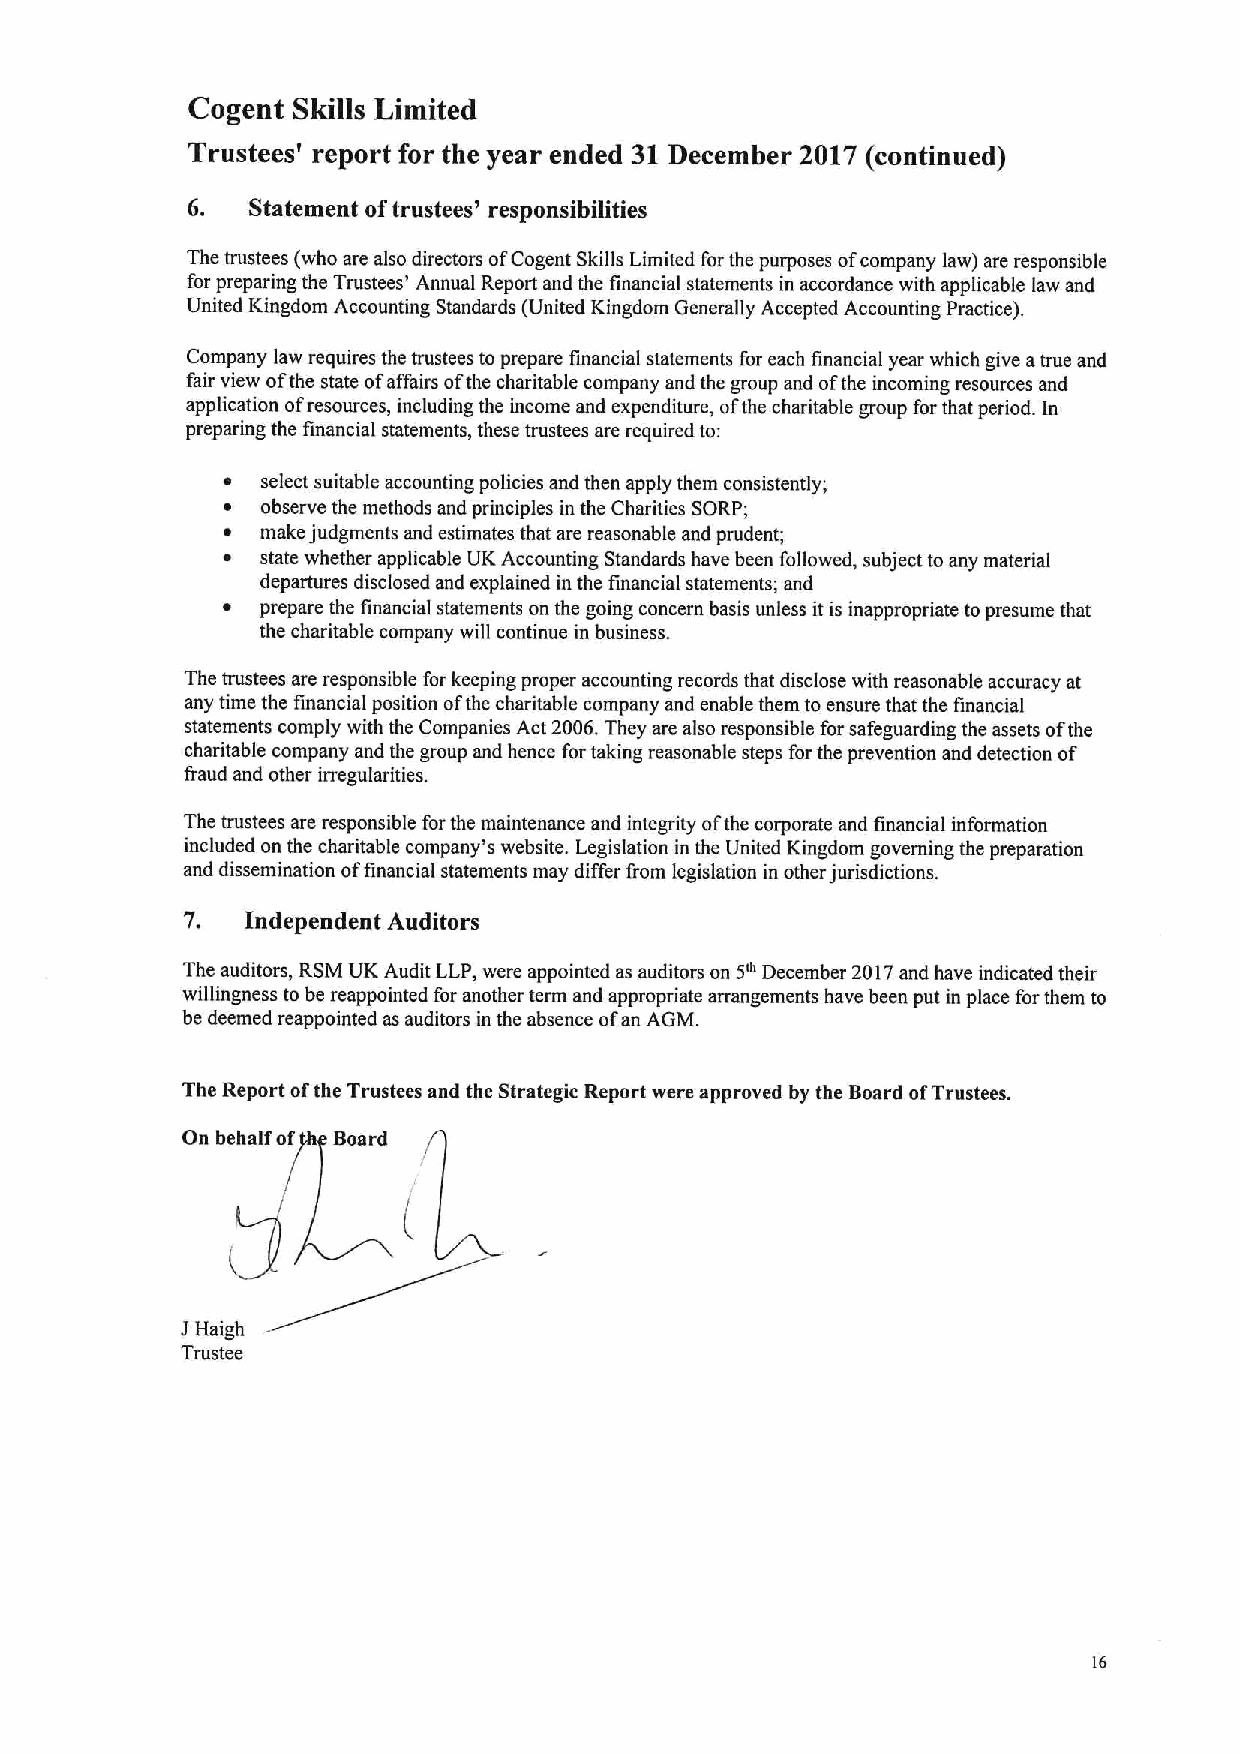
Cogent Skills Limited
 Trustees' report for the year ended 31December 2017 (continued)
 6.  Statement oftrustees' responsibilities
 The trustees (who are also directors ofCogent Skills Limited forthe purposes ofcompany law) are responsible
 for preparing the Trustees' Annual Report and the financial statements in accordance with applicable law and
 United Kingdom Accounting Standards (United Kingdom Generally Accepted Accounting Practice).
 Company law requires the trustees to prepare financial statements for each financial year which give atrue and
 fair view ofthe state ofaffairs ofthe charitable company and the group and ofthe incoming resources and
 application ofresources, including the income and expenditure, ofthe charitable group for that period. In
 preparing the financial statements, these trustees are required to:
 ~ select suitable accounting policies and then apply them consistently;
 ~ observe the methods and principles in the Charities SORP;
 ~ make judgments and estimates that are reasonable and prudent;
 ~ state whether applicable UK Accounting Standards have been followed, subject to any material
 departures disclosed and explained in the financial statements; and
 ~ prepare the financial statements on the going concern basis unless itis inappropriate to presume that
 the charitable company will continue in business.
 The trustees are responsible forkeeping proper accounting records that disclose with reasonable accuracy at
 any time the financial position ofthe charitable company and enable them to ensure that the financial
 statements comply with the Companies Act 2006.They are also responsible for safeguarding the assets ofthe
 charitable company and the group and hence fortaking reasonable steps forthe prevention and detection of
 fraud and other irregularities.
 The trustees are responsible forthe maintenance and integrity ofthe corporate and financial information
 included on the charitable company's website. Legislation in the United Kingdom governing the preparation
 and dissemination offinancial statements may differ from legislation in other jurisdictions.
 7.  Independent Auditors
 5"
 The auditors, RSM UK Audit LLP,were appointed as auditors on December 2017and have indicated their
 wifiingness to be reappointed for another term and appropriate arrangements have been put in place forthem to
 be deemed reappointed as auditors in the absence ofan AGM.
 The Report ofthe Trustees and the Strategic Report were approved by the Board ofTrustees.
 On behalf of Board
 I
 Haigh
 Trustee
 16